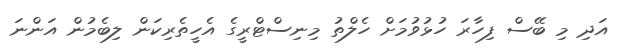
އަދި މި ބޭސް ފިހާރަ ހުޅުވުމަށް ހެލްތު މިނިސްޓްރީގެ އެހީތެރިކަން ލިބެމުން އަންނަ